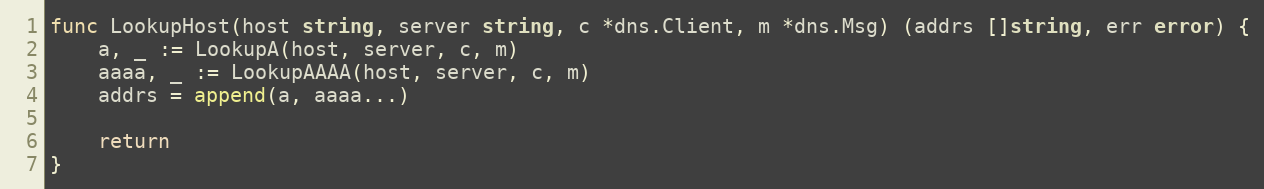
Language: Go
func LookupHost(host string, server string, c *dns.Client, m *dns.Msg) (addrs []string, err error) {
	a, _ := LookupA(host, server, c, m)
	aaaa, _ := LookupAAAA(host, server, c, m)
	addrs = append(a, aaaa...)

	return
}